Annual report of the Punjab Veterinary College and of the Civil Veterinary Department, Punjab - 1926-1932
Year: 1926
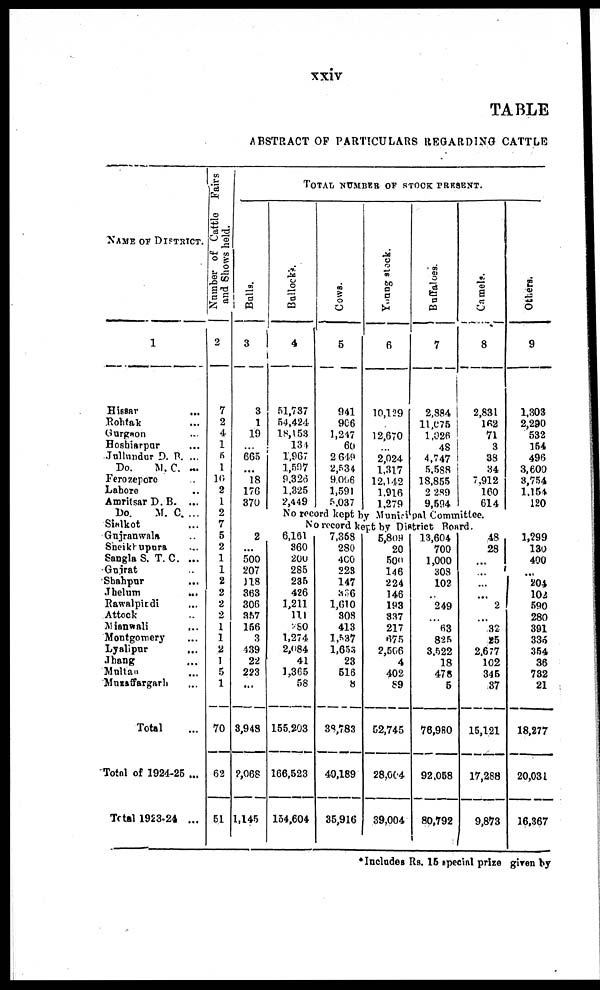
xxiv
TABLE
ABSTRACT OF PARTICULARS REGARDING CATTLE
NAME OF DISTRICT.
1
Hissar
...
Rohtak ...
Gurgaon ...
Hoshiarpur ...
Jullundur D. R. ...
Do. M. C. ...
Ferozepore ...
Lahore ...
Amritsar D. B. ...
Do.
M. C. ...
Sialkot ...
Gujranwala ...
Sheikhupura ...
Sangla S. T. C. ...
Gujrat ...
Shahpur ...
Jhelum
...
Rawalpindi ...
Attock ...
Mianwali ...
Montgomery ...
Lyalipur
...
Jhang ...
Multan ...
Muzaffargarh ...
Total ...
Total of 1924-25 ...
Total 1923-24 ...
Number of Cattle Fairs
and Shows held.
2
7
2
4
1
5
1
10
2
1
2
7
5
2
1
1
2
2
2
2
1
1
2
1
5
1
70
62
51
Bulls.
3
3
1
19
...
665
...
18
176
370
...
...
2
...
500
207
J18
363
306
357
156
3
439
22
223
...
3,948
2,068
1,145
TOTAL NUMBER OF STOCK PRESENT.
Bullocks.
4
51,787
54,424
18,153
134
1,967
1,597
9,326
1.325
2,449
Cows.
5
941
966
1,247
60
2 649
2,534
9,006
1,591
5,037
Young stock.
6
10,129
...
12,670
...
2,024
1,317
12,142
1.916
1.279
Buffaloes.
7
2,884
11,075
1,026
48
4,747
5,588
18.855
2 289
9,594
Camels.
8
2,831
162
71
3
38
84
7,912
160
614
No record kept by Municipal Committee.
No record kent by District Board.
6,161
860
200
285
235
426
1,211
111
280
1,274
2,084
41
1,365
58
155.203
166,523
154,604
7,368
280
4C0
223
147
326
1,610
808
413
1,537
1,658
23
516
8
38,783
40,189
35,916
5,809
20
500
146
224
146
193
837
217
675
2,506
4
402
89
52,745
28,004
39,004
13,604
700
1,000
308
102
...
249
...
63
825
3.522
18
478
5
76,980
92,058
80,792
48
28
...
...
...
...
2
...
32
25
2.677
102
345
37
15,121
17,288
9,873
Others.
9
1,303
2,290
532
154
496
3,600
8,754
1.154
120
1,299
130
400
...
204
102
590
280
301
336
354
36
782
21
18,277
20,031
16,367
* Includes Rs. 15 special prize given by